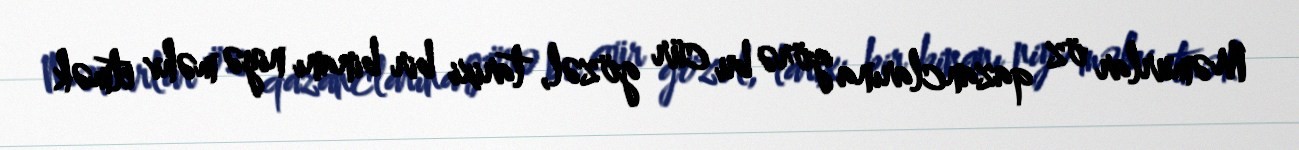
Məmurlar öz qazanclarına görə bu cür gözəl, tarixi bir binanı niyə məhv etmək